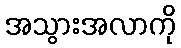
အသွားအလာကို